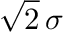
{ \sqrt { 2 } } \, \sigma